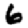
Digit: 6